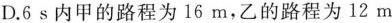
D.6s内甲的路程为16m，乙的路程为12m